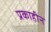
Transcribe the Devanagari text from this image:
प्रकाहीन